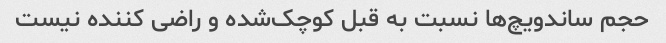
حجم ساندویچ‌ها نسبت به قبل کوچک‌شده و راضی کننده نیست